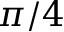
\pi / 4